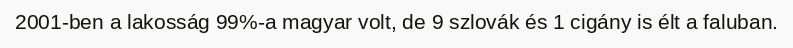
2001-ben a lakosság 99%-a magyar volt, de 9 szlovák és 1 cigány is élt a faluban.